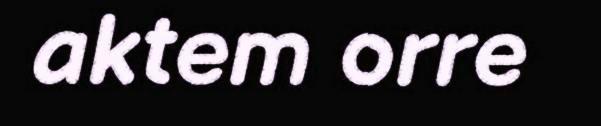
aktem orre